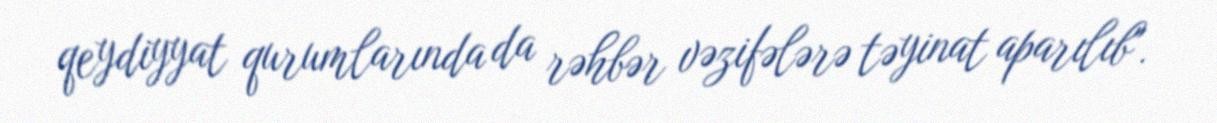
qeydiyyat qurumlarında da rəhbər vəzifələrə təyinat aparılıb".